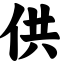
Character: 供